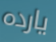
يارده